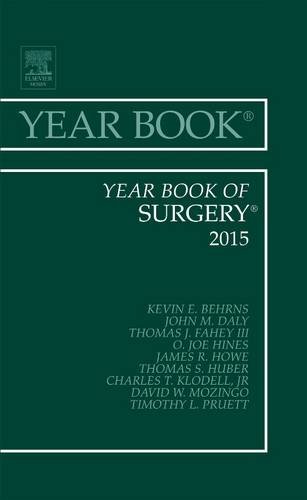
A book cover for Year Book of Surgery 2015, 1e (Year Books); Kevin E. Behrns MD; Health, Fitness & Dieting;